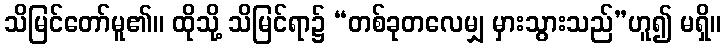
သိမြင်တော်မူ၏။ ထိုသို့ သိမြင်ရာ၌ “တစ်ခုတလေမျှ မှားသွားသည်”ဟူ၍ မရှိ။